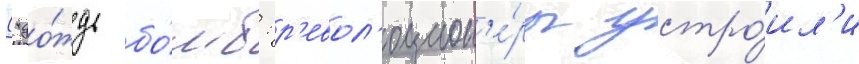
("до́ждь бо́мб: р'евол'юцион'е́ры устро́ил'и